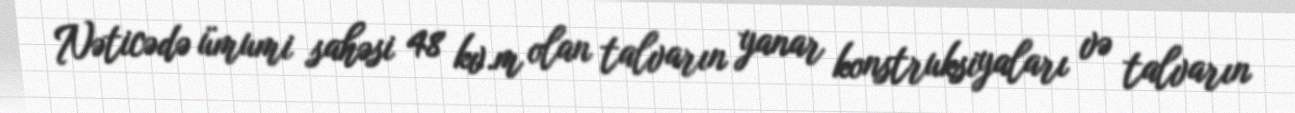
Nəticədə ümumi sahəsi 48 kv.m olan talvarın yanar konstruksiyaları və talvarın